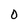
Character: 0